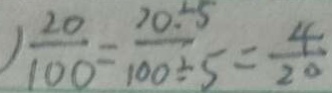
) \frac { 2 0 } { 1 0 0 } = \frac { 2 0 \div 5 } { 1 0 0 \div 5 } = \frac { 4 } { 2 0 }